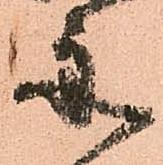
舟